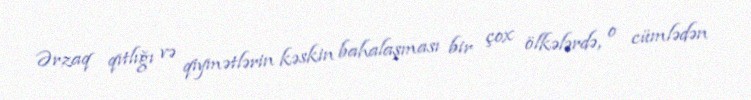
Ərzaq qıtlığı və qiymətlərin kəskin bahalaşması bir çox ölkələrdə, o cümlədən